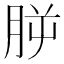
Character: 𣍮